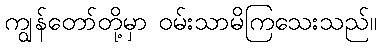
ကျွန်တော်တို့မှာ ဝမ်းသာမိကြသေးသည်။